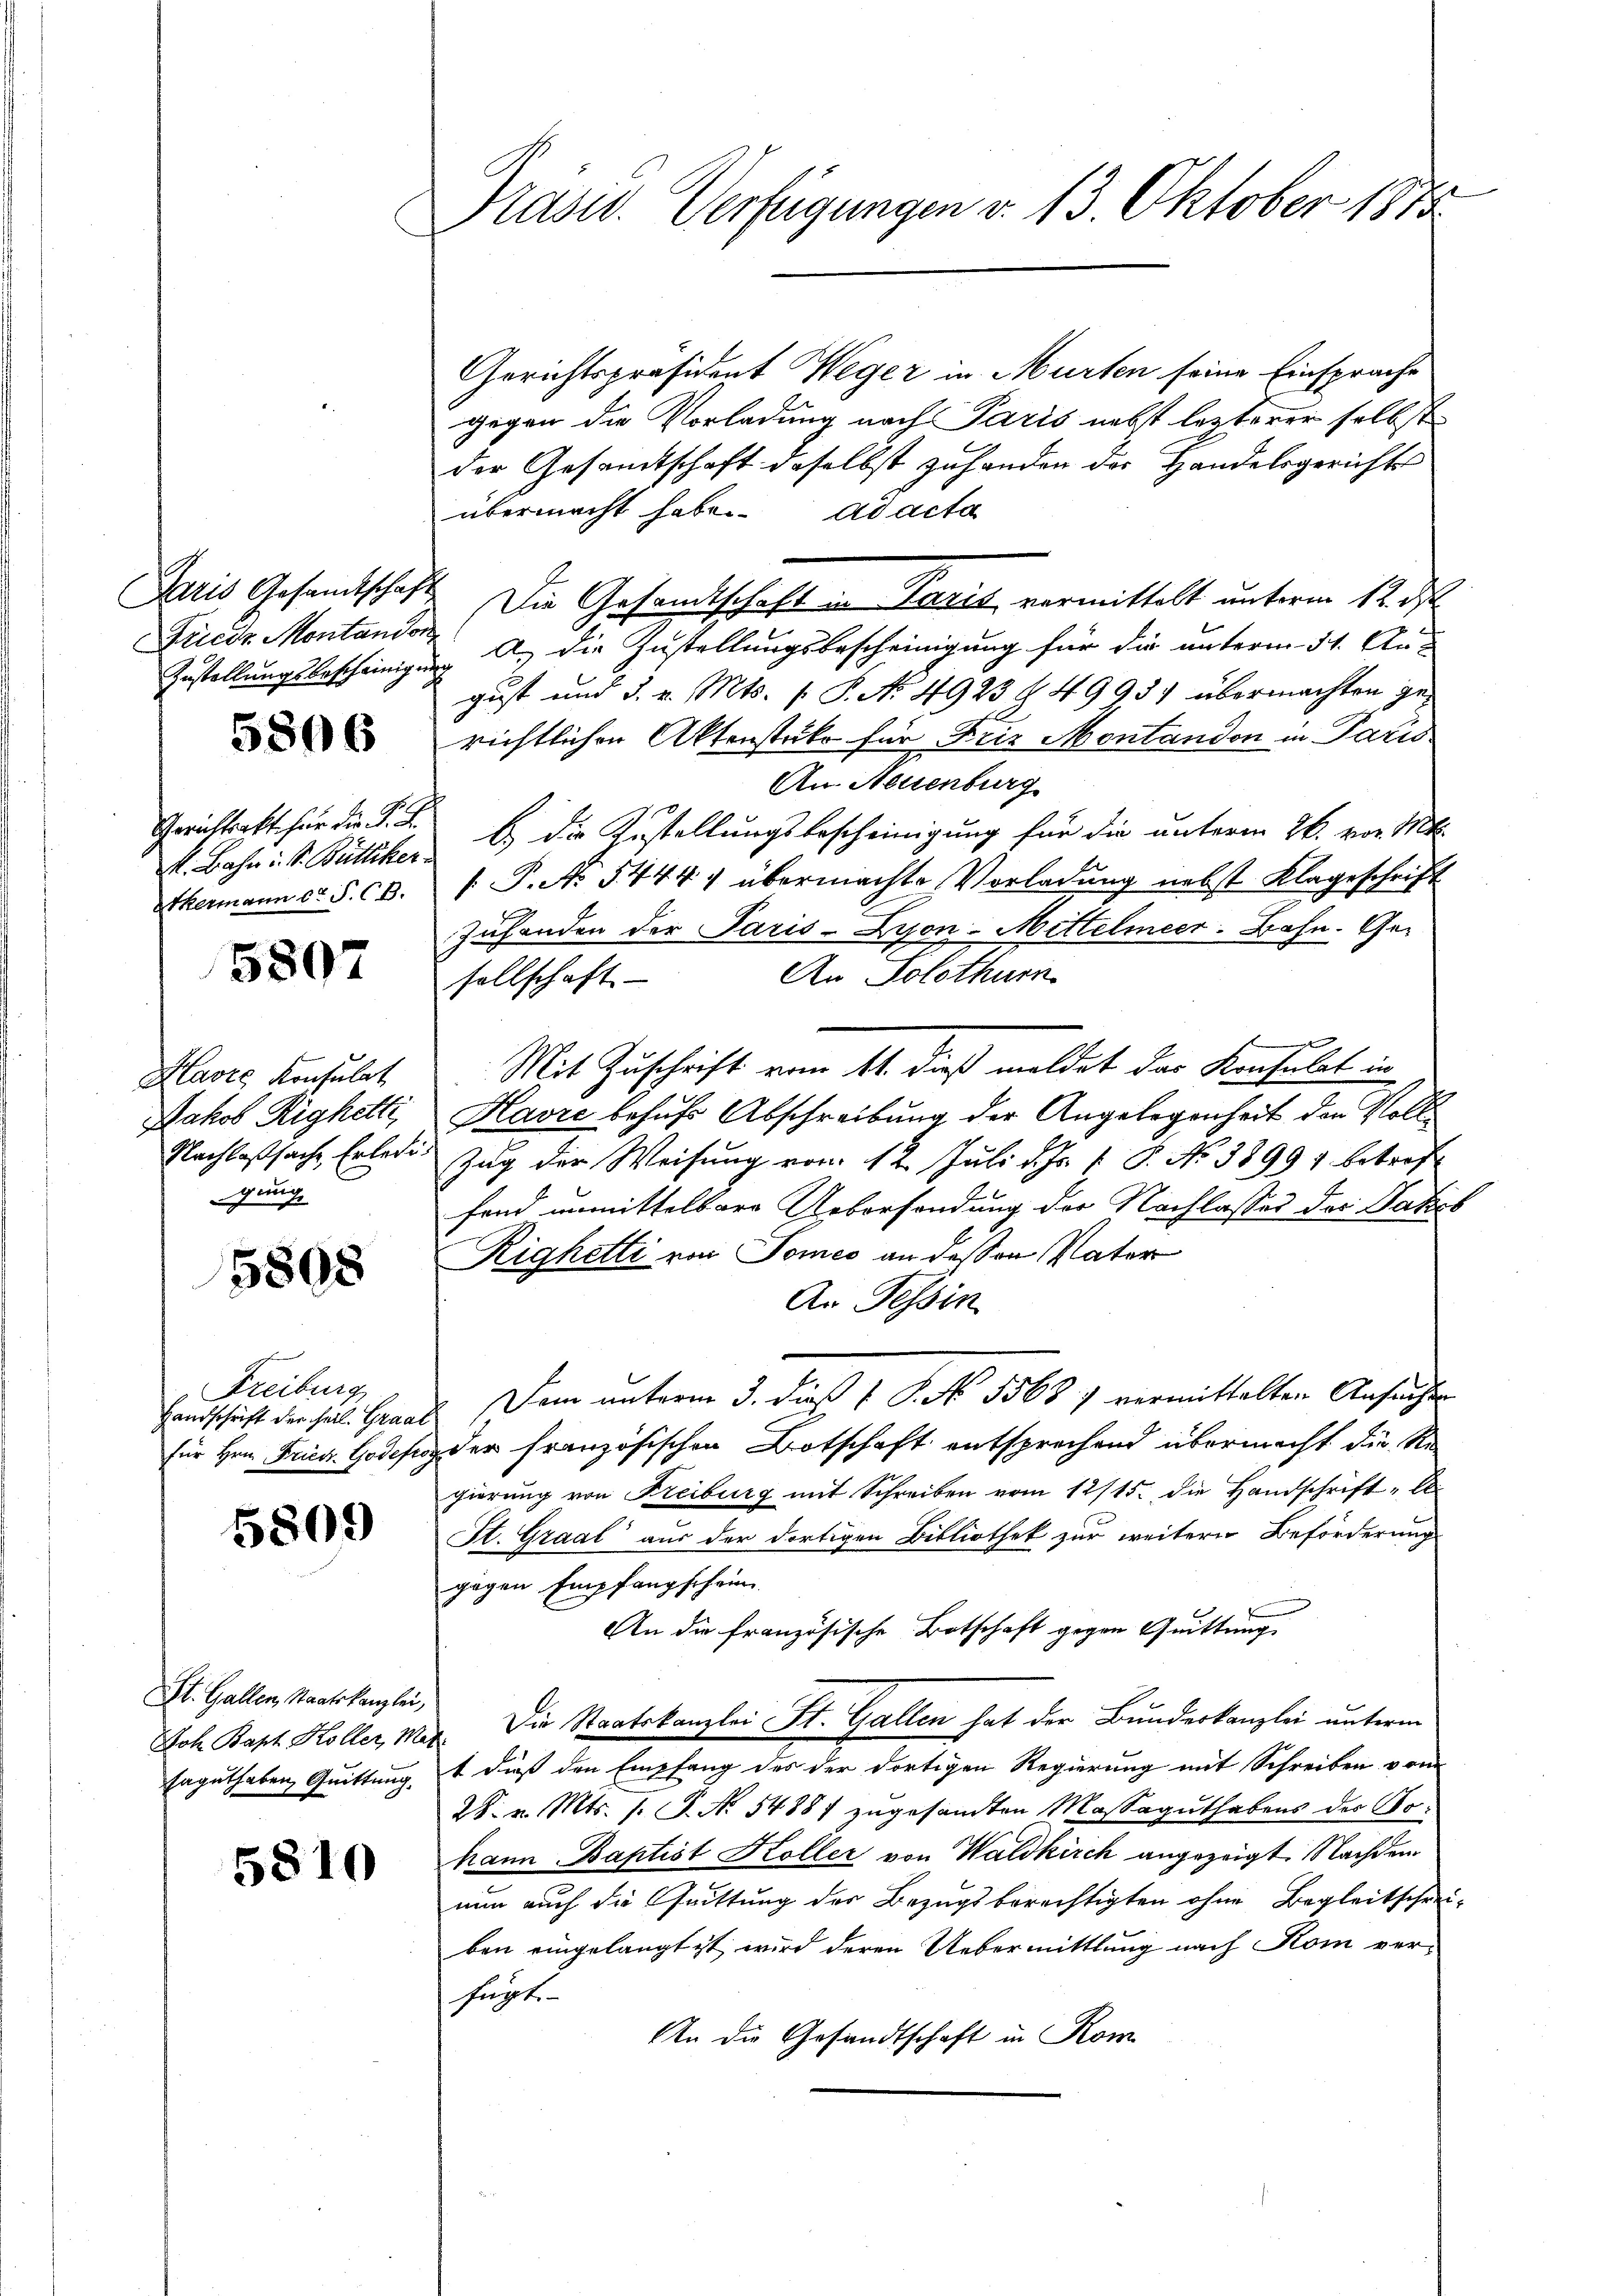
Friedr. Montandor

5806

E. Bahni. S. Büttiker.
Thermann C. S. CB.

5807

Havre Konsulat
Jakob Righetti
gung

5808

Freiburg

5809

St. Gallen, Staatskanzlei,
saguthaben, Quittung.

5810

Präsid. Verfügungen v. 13. Oktober 1878

Gerichtspräsident Weger in Murten seine Einsprache
gegen die Vorladung nach Paris nebst lezterer selbst
der Gesandtschaft daselbst zuhanden das Handelsgerichts
übermacht habe. ad acta
Paris Gesandtschaft. Die Gesamtschaft in Paris vermittelt unterm 12. ds.
Zustellungsbescheinigung a. die Zustellungsbescheinigung für die unterm 31. Aus
gust und 3. v. Mts. f. P. No. 4923 & 4993) übermachten gerichtlichen Aktenstriko für Friz Montandon in Paris
An. Neuenburg
Gerichtsakt für die K. K. b. die Zustellungsbescheinigung für die unterm 26. von M.
 P. No 5444) übermachte Vorladung nebst Klageschrift
Zuhanden der Paris-Zyon-Mittelmeer-Bahn. Ge¬
An Solothur
sellschaft
Mit Zuschrift vom 11. dieß meldet das Konsulat in
Havre behufs Abschreibung der Angelegenheit den Voll¬
Nachlaßsache Erledi, Zug der Weisung vom 12. Juli d. Js. f. P. Nr. 38994 betref
fand unmittelbare Uebersendung der Nachlasses der Jakob
Righelli von Tomes an dessen Vater
An Tessin
Landschrift der hal. Franz Dem unterm 3. dieß 1 S. No. 55687 vermittelten Ansuchten
für Hrn. Fried Godeftos der französischen Botschaft entsprechend übermacht die Re
gierung von Freiburg mit Schreiben vom 12/15. die Handschrift-A
St. Graal aus der dortigen Bibliothek zur weitern Beförderung
gegen Empfangschein
An die französische Botschaft gegen Quittung
Joh. Bapt. Holler, Mar. Die Staatskanzlei St. Gallen hat der Bunderkanzlei unterm
t dieß den Empfang des der dortigen Regierung mit Schreiben vom
28. v. Mts. s. P. Nr. 54887 zugesamten Massaguthabens des Nohann Baptist Koller von Waldkirch angezeigt. Nachdem
nun auch die Quittung der Bezugsberechtigten ohne Begleitschreiben eingelangt ist, wird deren Uebermittlung nach Kom ver-
hugt.
An die Gesandtschaft in Kom